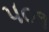
૫૦૧